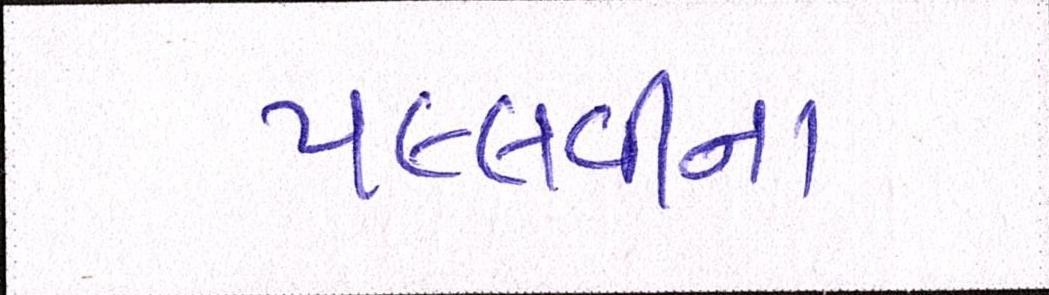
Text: પલ્લવીના